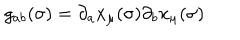
LaTeX: g _ { a b } ( \sigma ) = \partial _ { a } x _ { \mu } ( \sigma ) \partial _ { b } x _ { \mu } ( \sigma )